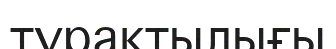
тұрактылығы